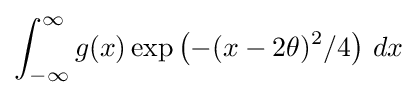
\int _{-\infty }^{\infty }g(x)\exp \left(-(x-2\theta )^{2}/4\right)\,dx